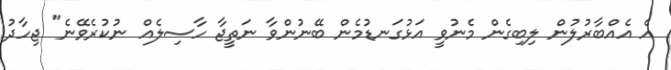
އެ އެއްބާރުލުން ލިބިގެން މެނުވީ އަޅުގަނޑުމެން ބޭޭނުންވާ ނަތީޖާ ހާސިލެއް ނުކުރެވޭނެ" ޖިހާދު